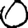
Digit: 0